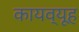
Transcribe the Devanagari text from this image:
कायव्यूह